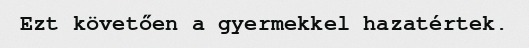
Ezt követően a gyermekkel hazatértek.